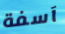
آسفة